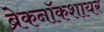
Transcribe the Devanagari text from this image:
ब्रेकनॉकशायर